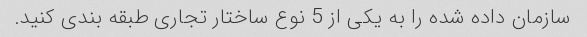
سازمان داده شده را به یکی از 5 نوع ساختار تجاری طبقه بندی کنید.